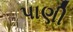
પાણી